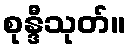
စုန္ဒီသုတ်။